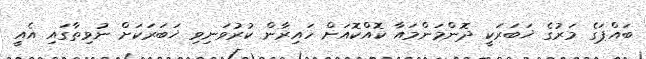
ބައްޕަގެ މަރުގެ ޚަބަރަކީ ދޮންމަންމައާ ކޮއްކޮއަށް ހައިރާން ކުރުވަނިވި ޚަބަރަކަށް ނުވިތާގައި އެއީ